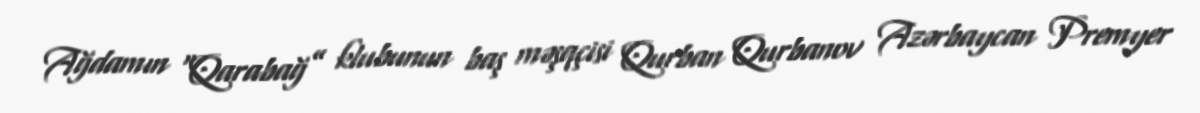
Ağdamın “Qarabağ” klubunun baş məşqçisi Qurban Qurbanov Azərbaycan Premyer